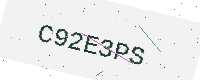
Text: C92E3PS